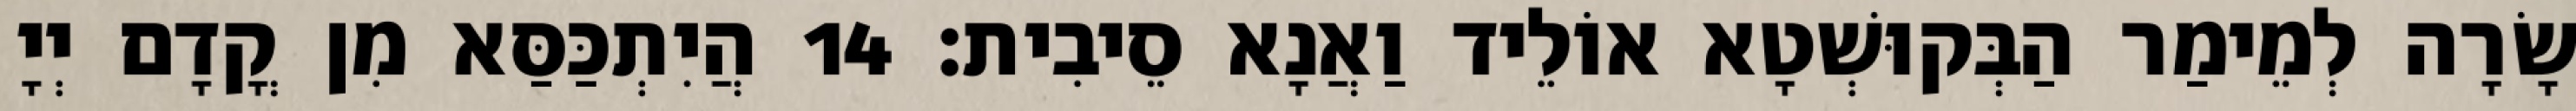
שָׂרָה לְמֵימַר הַבְּקוּשְׁטָא אוֹלֵיד וַאֲנָא סֵיבִית׃ 14 הֲיִתְכַּסַּא מִן קֳדָם יְיָ